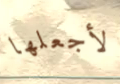
لأجعلها